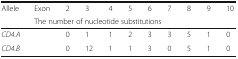
<table><thead><tr><td rowspan="2"><b>Allele</b></td><td><b>Exon</b></td><td><b>2</b></td><td><b>3</b></td><td><b>4</b></td><td><b>5</b></td><td><b>6</b></td><td><b>7</b></td><td><b>8</b></td><td><b>9</b></td><td><b>10</b></td></tr><tr><td colspan="10"><b>The number of nucleotide substitutions</b></td></tr></thead><tbody><tr><td><i>CD4.A</i></td><td></td><td>0</td><td>1</td><td>1</td><td>2</td><td>3</td><td>3</td><td>5</td><td>1</td><td>0</td></tr><tr><td><i>CD4.B</i></td><td></td><td>0</td><td>12</td><td>1</td><td>1</td><td>3</td><td>0</td><td>5</td><td>1</td><td>0</td></tr></tbody></table>